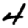
Digit: 4